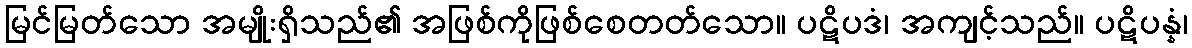
မြင်မြတ်သော အမျိုးရှိသည်၏ အဖြစ်ကိုဖြစ်စေတတ်သော။ ပဋိပဒံ၊ အကျင့်သည်။ ပဋိပန္နံ၊